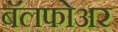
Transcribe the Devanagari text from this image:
बॅलफोअर